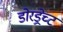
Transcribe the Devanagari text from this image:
डोरड्रेच्ट